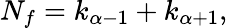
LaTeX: N_{f}=k_{\alpha-1}+k_{\alpha+1},